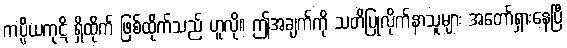
ကပ္ပိယကုဋိ ရှိထိုက် ဖြစ်ထိုက်သည် ဟူလို။ ဤအချက်ကို သတိပြုလိုက်နာသူများ အတော်ရှားနေပြီ